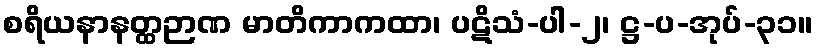
စရိယနာနတ္ထဉာဏ မာတိကာကထာ၊ ပဋိသံ-ပါ-၂၊ ဋ္ဌ-ပ-အုပ်-၃၁။